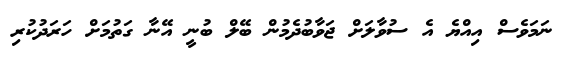
ނަމަވެސް އިއްޔެ އެ ސުވާލަށް ޖަވާބުދެމުން ބޭލް ބުނީ އޭނާ ގަތުމަށް ހަރަދުކުރި